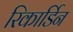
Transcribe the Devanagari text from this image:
रिकार्डिन